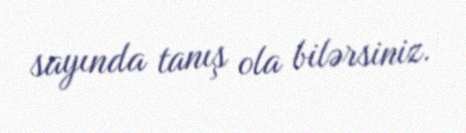
sayında tanış ola bilərsiniz.